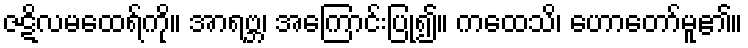
ဇဋိလမထေရ်ကို။ အာရဗ္ဘ၊ အကြောင်းပြု၍။ ကထေသိ၊ ဟောတော်မူ၏။